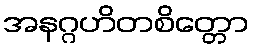
အနဂ္ဂဟိတစိတ္တော